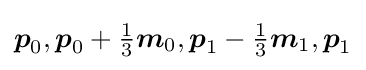
{\textstyle {\boldsymbol {p}}_{0},{\boldsymbol {p}}_{0}+{\frac {1}{3}}{\boldsymbol {m}}_{0},{\boldsymbol {p}}_{1}-{\frac {1}{3}}{\boldsymbol {m}}_{1},{\boldsymbol {p}}_{1}}